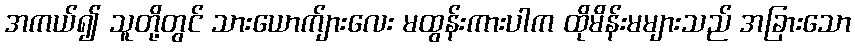
အကယ်၍ သူတို့တွင် သားယောက်ျားလေး မထွန်းကားပါက ထိုမိန်းမများသည် အခြားသော